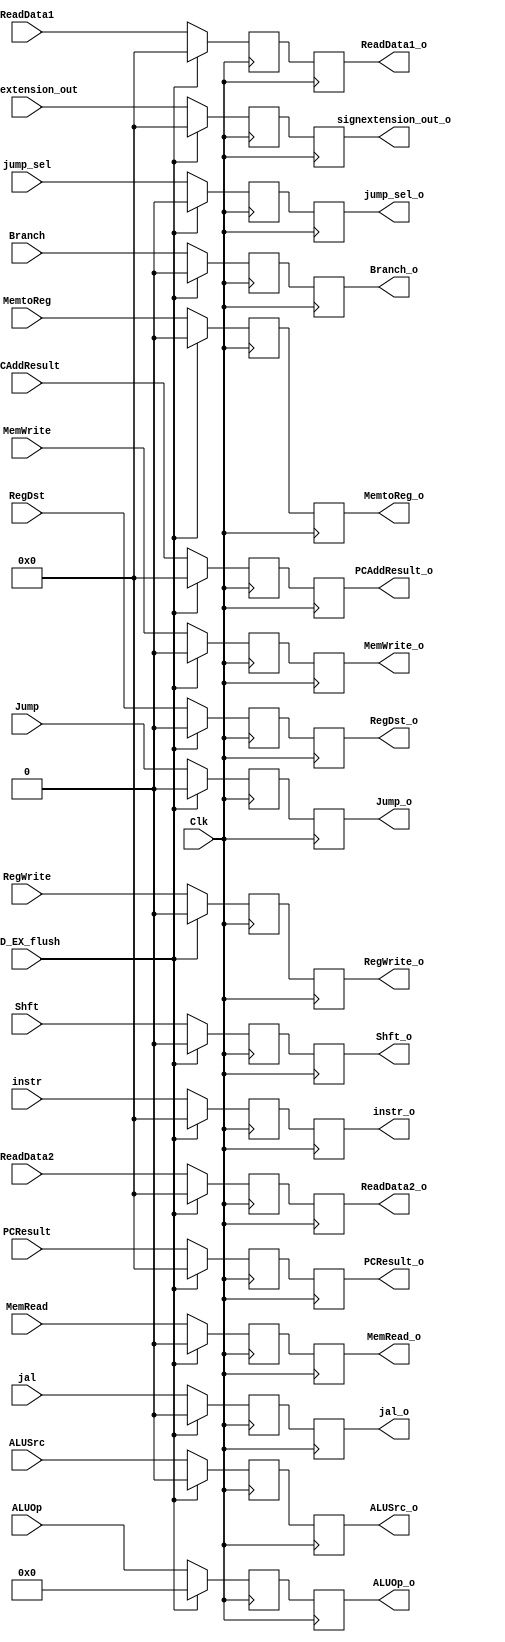
`timescale 1ns / 1ps
//////////////////////////////////////////////////////////////////////////////////
// Company: 
// Engineer: 
// 
// Design Name: 
// Module Name: ID_EX
// Project Name: 
// Target Devices: 
// Tool Versions: 
// Description: 
// 
// Dependencies: 
// 
// Revision:
// Revision 0.01 - File Created
// Additional Comments:
// 
//////////////////////////////////////////////////////////////////////////////////


module ID_EX( Clk, ID_EX_flush,
// INPUTS
instr, PCResult, PCAddResult, // 1
RegDst, Jump, Shft, Branch, MemRead, MemtoReg, ALUOp, MemWrite, ALUSrc, jump_sel, jal, RegWrite, // 2
ReadData1, ReadData2, // 3
signextension_out, // 4
// OUTPUTS
instr_o, PCResult_o, PCAddResult_o, // 1
RegDst_o, Jump_o, Shft_o, Branch_o, MemRead_o, MemtoReg_o, ALUOp_o, MemWrite_o, ALUSrc_o, // 2
jump_sel_o, jal_o, RegWrite_o, // 2
ReadData1_o, ReadData2_o, // 3
signextension_out_o // 4
);

input Clk, ID_EX_flush;

/// Carry through
input [31:0] instr, PCResult, PCAddResult;
output reg [31:0] instr_o, PCResult_o, PCAddResult_o;
reg [31:0] instr_r, PCResult_r, PCAddResult_r;

///

/// Control outputs
input [5:0] ALUOp;
input RegDst, Jump, Shft, Branch, MemRead, MemtoReg, MemWrite, ALUSrc, jump_sel, jal, RegWrite;
output reg [5:0] ALUOp_o;
output reg RegDst_o, Jump_o, Shft_o, Branch_o, MemRead_o, MemtoReg_o, MemWrite_o, ALUSrc_o, // 2
            jump_sel_o, jal_o, RegWrite_o; // 2
reg [5:0] ALUOp_r;
reg RegDst_r, Jump_r, Shft_r, Branch_r, MemRead_r, MemtoReg_r, MemWrite_r, ALUSrc_r, // 2
            jump_sel_r, jal_r, RegWrite_r; // 2
///

/// RegisterFile outputs
input [31:0] ReadData1, ReadData2;
output reg [31:0] ReadData1_o, ReadData2_o; // 3
reg [31:0] ReadData1_r, ReadData2_r;
///

/// SignExtension outputs
input [31:0] signextension_out;
output reg [31:0] signextension_out_o; // 4
reg [31:0] signextension_out_r;
///


always @(posedge Clk) begin // stores the information on posedge
    if (ID_EX_flush == 1) begin
    /// Carry through
    instr_r <= 0;
    PCResult_r <= 0;
    PCAddResult_r <= 0;
    
    ///
    
    /// Control Outputs
    ALUOp_r <= 0;
    RegDst_r <= 0;
    Jump_r <= 0;
    Shft_r <= 0;
    Branch_r <= 0;
    MemRead_r <= 0;
    MemtoReg_r <= 0;
    MemWrite_r <= 0;
    ALUSrc_r <= 0;
    jump_sel_r <= 0;
    jal_r <= 0;
    RegWrite_r <= 0;
    ///
    
    /// RegisterFile outputs
    ReadData1_r <= 0;
    ReadData2_r <= 0;
    ///
    
    /// Sign Extension Outputs
    signextension_out_r <= 0;
    ///
    end
    else begin
    /// Carry through
    instr_r <= instr;
    PCResult_r <= PCResult;
    PCAddResult_r <= PCAddResult;
    ///
    
    /// Control Outputs
    ALUOp_r <= ALUOp;
    RegDst_r <= RegDst;
    Jump_r <= Jump;
    Shft_r <= Shft;
    Branch_r <= Branch;
    MemRead_r <= MemRead;
    MemtoReg_r <= MemtoReg;
    MemWrite_r <= MemWrite;
    ALUSrc_r <= ALUSrc;
    jump_sel_r <= jump_sel;
    jal_r <= jal;
    RegWrite_r <= RegWrite;
    ///
    
    /// RegisterFile outputs
    ReadData1_r <= ReadData1;
    ReadData2_r <= ReadData2;
    ///
    
    /// Sign Extension Outputs
    signextension_out_r <= signextension_out;
    ///
    end
    
end // close always posedge

always @(negedge Clk) begin // stores the information on posedge
    /// Carry through
    instr_o <= instr_r;
    PCResult_o <= PCResult_r;
    PCAddResult_o <= PCAddResult_r;

    
    /// Control Outputs
    ALUOp_o <= ALUOp_r;
    RegDst_o <= RegDst_r;
    Jump_o <= Jump_r;
    Shft_o <= Shft_r;
    Branch_o <= Branch_r;
    MemRead_o <= MemRead_r;
    MemtoReg_o <= MemtoReg_r;
    MemWrite_o <= MemWrite_r;
    ALUSrc_o <= ALUSrc_r;
    jump_sel_o <= jump_sel_r;
    jal_o <= jal_r;
    RegWrite_o <= RegWrite_r;
    ///
    
    /// RegisterFile outputs
    ReadData1_o <= ReadData1_r;
    ReadData2_o <= ReadData2_r;
    ///
    
    /// Sign Extension Outputs
    signextension_out_o <= signextension_out_r;
    ///
    
end // close always posedge









    
endmodule